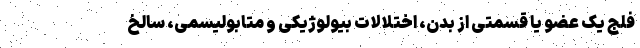
فلج یک عضو یا قسمتی از بدن، اختلالات بیولوژیکی و متابولیسمی، سالخ